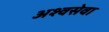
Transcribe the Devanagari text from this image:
अश्वसेवा